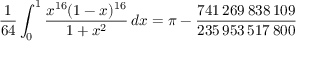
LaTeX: { \frac { 1 } { 6 4 } } \int _ { 0 } ^ { 1 } { \frac { x ^ { 1 6 } ( 1 - x ) ^ { 1 6 } } { 1 + x ^ { 2 } } } \, d x = \pi - { \frac { 7 4 1 \, 2 6 9 \, 8 3 8 \, 1 0 9 } { 2 3 5 \, 9 5 3 \, 5 1 7 \, 8 0 0 } }